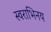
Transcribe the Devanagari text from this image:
स्वराभिनय